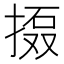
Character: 𱠗